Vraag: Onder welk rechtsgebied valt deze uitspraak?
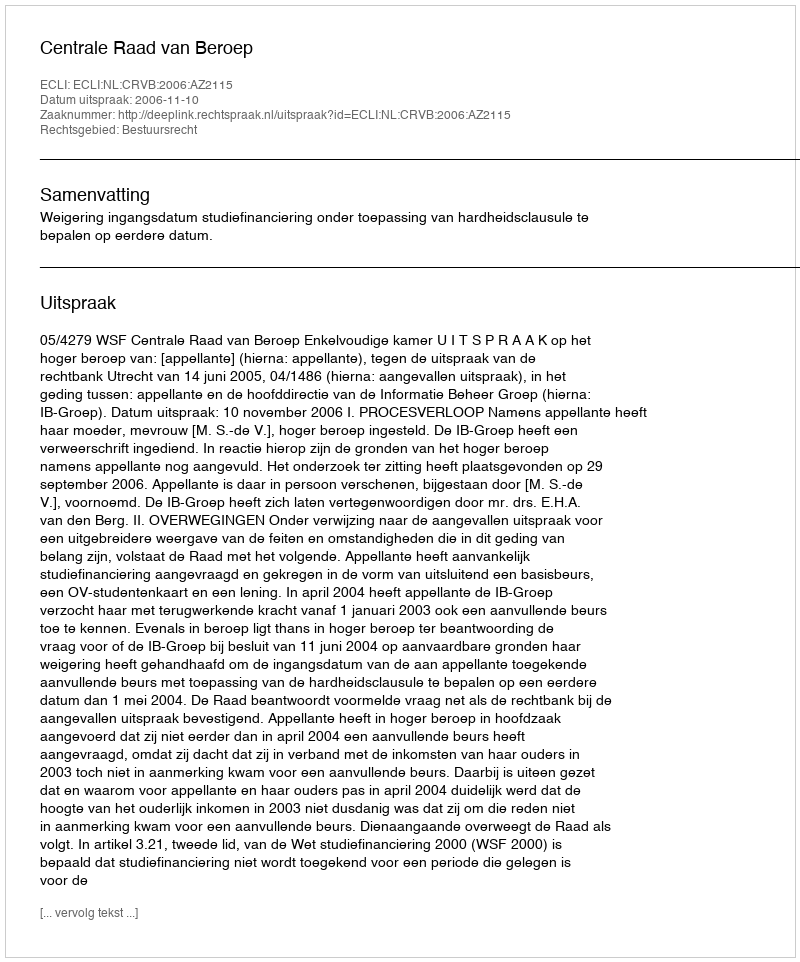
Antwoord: Bestuursrecht